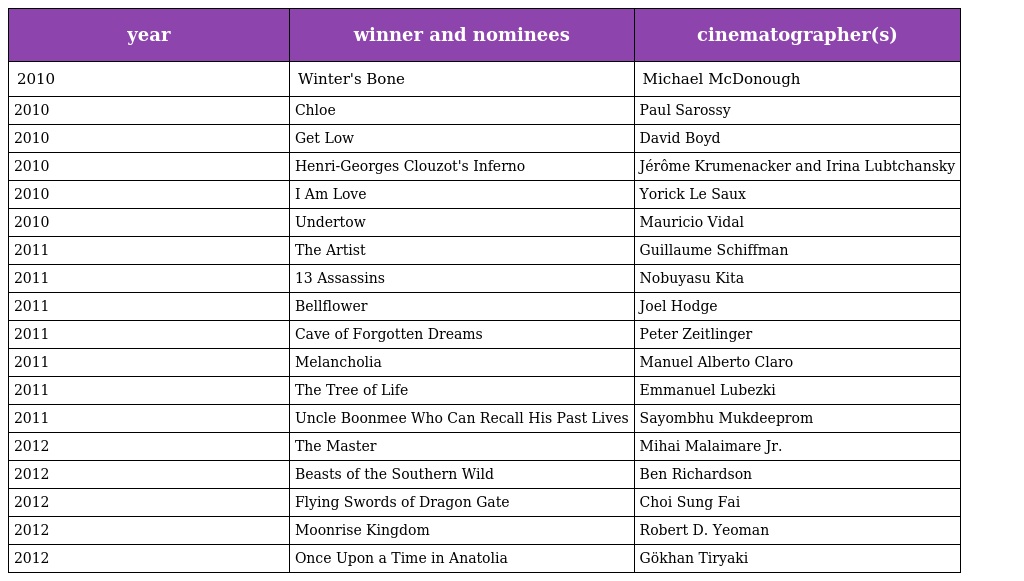
| year | winner and nominees | cinematographer(s) |
 | --- | --- | --- |
 | 2010 | Winter's Bone | Michael McDonough |
 | 2010 | Chloe | Paul Sarossy |
 | 2010 | Get Low | David Boyd |
 | 2010 | Henri-Georges Clouzot's Inferno | Jérôme Krumenacker and Irina Lubtchansky |
 | 2010 | I Am Love | Yorick Le Saux |
 | 2010 | Undertow | Mauricio Vidal |
 | 2011 | The Artist | Guillaume Schiffman |
 | 2011 | 13 Assassins | Nobuyasu Kita |
 | 2011 | Bellflower | Joel Hodge |
 | 2011 | Cave of Forgotten Dreams | Peter Zeitlinger |
 | 2011 | Melancholia | Manuel Alberto Claro |
 | 2011 | The Tree of Life | Emmanuel Lubezki |
 | 2011 | Uncle Boonmee Who Can Recall His Past Lives | Sayombhu Mukdeeprom |
 | 2012 | The Master | Mihai Malaimare Jr. |
 | 2012 | Beasts of the Southern Wild | Ben Richardson |
 | 2012 | Flying Swords of Dragon Gate | Choi Sung Fai |
 | 2012 | Moonrise Kingdom | Robert D. Yeoman |
 | 2012 | Once Upon a Time in Anatolia | Gökhan Tiryaki |